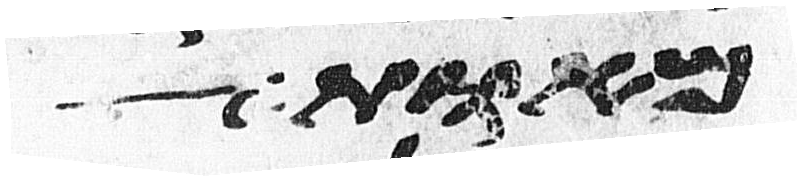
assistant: מאות